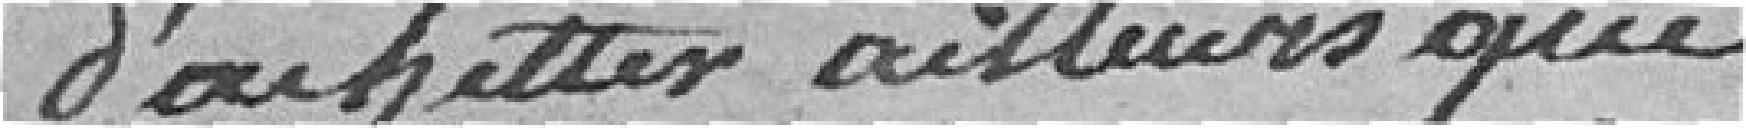
d'acheter ailleurs que